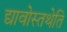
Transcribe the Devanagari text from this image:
द्यावोस्तथेति